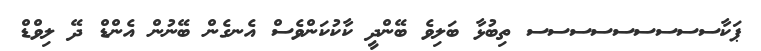
ޕަކާސސސސސސސސސ ތިބުޅާ ބަލިވެ ބޭންދީ ކާކުކަންވެސް އެނގެން ބޭނުން އެންޑް ދޭ ލިވްޑް